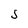
Character: S